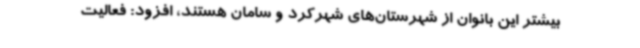
بیشتر این بانوان از شهرستان‌های شهرکرد و سامان هستند، افزود: فعالیت